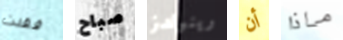
فقدت صباح رينولدز أن ماذا